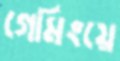
গেমিংয়ে